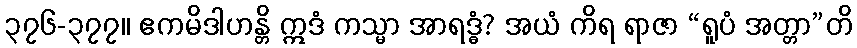
၃၇၆-၃၇၇။ ဧကမိဒါဟန္တိ ဣဒံ ကသ္မာ အာရဒ္ဓံ? အယံ ကိရ ရာဇာ “ရူပံ အတ္တာ”တိ